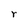
Character: r